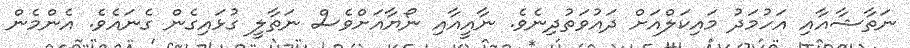
ނަތާޝާއާއި އަހުމަދު މައިކަލްއަށް ދައުވަތުދިނެވެ. ނާއީއާއި ނޯޔާއަށްވެސް ނަތާލީ ގުޅައިގެން ގެނައެވެ. އެންމެން